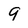
Character: 9